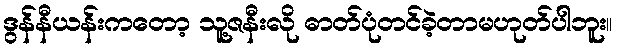
ဒွန်နီယန်းကတော့ သူ့ဇနီးလို ဓာတ်ပုံတင်ခဲ့တာမဟုတ်ပါဘူး။